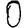
Digit: 0